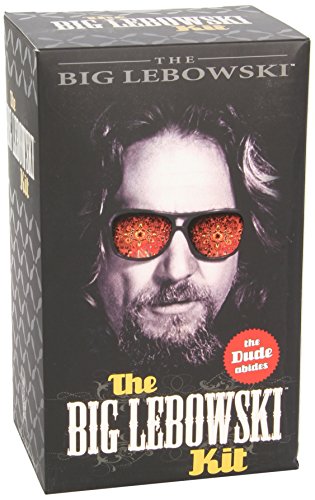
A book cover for The Big Lebowski Kit: The Dude Abides; Running Press; Humor & Entertainment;